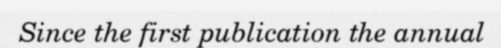
Since the first publication the annual